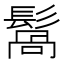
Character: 𩮑